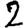
Digit: 2